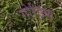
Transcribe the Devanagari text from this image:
गोर्रइया